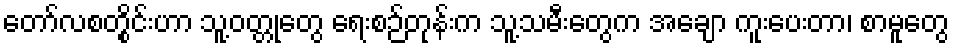
တော်လစတွိုင်းဟာ သူ့ဝတ္တုတွေ ရေးစဉ်တုန်းက သူ့သမီးတွေက အချော ကူးပေးတာ၊ စာမူတွေ